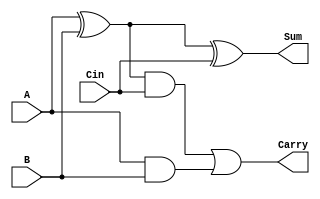
module full_adder_1bit(A,B,Cin,Sum,Carry);
input A,B,Cin;
output Sum,Carry;

wire temp1,temp2,temp3,temp4;
xor(temp1,A,B);
xor(Sum,temp1,Cin);
and(temp2,temp1,Cin);
and(temp3,A,B);
or(Carry,temp2,temp3);

endmodule

//`include "1bit_adder.v"
module adder_64bit(A,B,Sum,carry_overflow);
input [63:0]A;
input [63:0]B;
output [63:0] Sum;
output carry_overflow;


wire [64:0] Cin;
assign Cin[0]=1'b0;

genvar iterator_add;
generate
    for(iterator_add=0;iterator_add<64;iterator_add=iterator_add+1)begin
      full_adder_1bit inst3(A[iterator_add],B[iterator_add],Cin[iterator_add],Sum[iterator_add],Cin[iterator_add+1]);
    end

endgenerate

assign carry_overflow=Cin[64];



endmodule

module and_1bit(A,B,Y);
input A,B;
output Y;
wire temp;

and(temp,A,B);
assign Y=temp;
endmodule


//`include "1bit_and.v"
module and_64bit(A,B,Y);
input [63:0] A;
input [63:0] B;

output[63:0] Y;

genvar iterator_and;
generate
    for(iterator_and=0;iterator_and<64;iterator_and=iterator_and+1)begin
      and_1bit inst1(A[iterator_and],B[iterator_and],Y[iterator_and]);
    end
endgenerate



endmodule

module full_subtractor_1bit(A,B,Cin,M,Sum,Carry);
input A,B,Cin,M;
output Sum,Carry;

wire temp1,temp2,temp3,temp4;
wire bxorM;
xor(bxorM,B,M);
xor(temp1,A,bxorM);
xor(Sum,temp1,Cin);
and(temp2,temp1,Cin);
and(temp3,A,bxorM);
or(Carry,temp2,temp3);

endmodule

//`include "1bit_fulladderwithM.v"
module subtractor_64bit(A,B,Sum,carry_overflow);
input [63:0]A;
input [63:0]B;
output [63:0] Sum;
output carry_overflow;
wire M;
assign M=1'b1;
wire [64:0] Cin;
assign Cin[0]=1'b1;

genvar iterator_sub;
generate
    for(iterator_sub=0;iterator_sub<64;iterator_sub=iterator_sub+1)begin
      full_subtractor_1bit inst3(A[iterator_sub],B[iterator_sub],Cin[iterator_sub],M,Sum[iterator_sub],Cin[iterator_sub+1]);
    end

endgenerate

assign carry_overflow=Cin[64];


endmodule
module xor_1bit(A,B,Y);
input A,B;
output Y;
wire temp;

xor(temp,A,B);
assign Y=temp;
endmodule

//`include "1bit_xor.v"
module xor_64bit(A,B,Y);
input [63:0] A;
input [63:0] B;

output[63:0] Y;

genvar iterator_xor;
generate
    for(iterator_xor=0;iterator_xor<64;iterator_xor=iterator_xor+1)begin
      xor_1bit inst2(A[iterator_xor],B[iterator_xor],Y[iterator_xor]);
    end
endgenerate



endmodule
module alu_64bit(Control,X,Y,Result,Overflow,Zero_flag,Sign_flag,Overflow_flag);
input [63:0]X;
input [63:0]Y;
input [1:0] Control;
output reg [63:0] Result;
output reg Overflow;
output reg Zero_flag,Sign_flag,Overflow_flag;

wire[63:0]adder_out;
wire adder_overflow;
wire[63:0]subtractor_out;
wire subtractor_overflow;
wire[63:0]and_out;
wire[63:0]xor_out;

adder_64bit inst10(X,Y,adder_out,adder_overflow);
subtractor_64bit inst1(X,Y,subtractor_out,subtractor_overflow);
and_64bit inst2(X,Y,and_out);
xor_64bit inst3(X,Y,xor_out);

always@(*)
begin
    case(Control)

    2'b00:begin
        //X+Y
        Result=adder_out;
        Overflow=adder_overflow;
        if(Result==0)begin
            Zero_flag=1'b1;
        end
        else begin
            Zero_flag=1'b0;
        end
        Overflow_flag=Overflow;
        if(X[63]==1 || Y[63]==1)begin
            Sign_flag=1'b1;
        end
        else begin
            Sign_flag=1'b0;
        end


    end

    2'b01:begin
        //X-Y
        Result=subtractor_out;
        Overflow=subtractor_overflow;
        if(Result==0)begin
            Zero_flag=1'b1;
        end
        else begin
            Zero_flag=1'b0;
        end
        Overflow_flag=Overflow;
        if(X<Y && X[63]!=1 && Y[63]!=1)begin
            Sign_flag=1'b1;
        end
        else if(X[63]==1)begin
            Sign_flag=1'b1;
        end
        else begin
            Sign_flag=1'b0;
        end
    end

    2'b10:begin
        
        
        Result=and_out;
        Overflow=1'b0;
        if(Result==0)begin
            Zero_flag=1'b1;
        end
        else begin
            Zero_flag=1'b0;
        end
        Overflow_flag=Overflow;
        Sign_flag=1'b0;
    end

    2'b11:begin
        
        Result=xor_out;
        Overflow=1'b0;
        if(Result==0)begin
            Zero_flag=1'b1;
        end
        else begin
            Zero_flag=1'b0;
        end
        Overflow_flag=Overflow;
        Sign_flag=1'b0;
    end



    endcase


end

endmodule